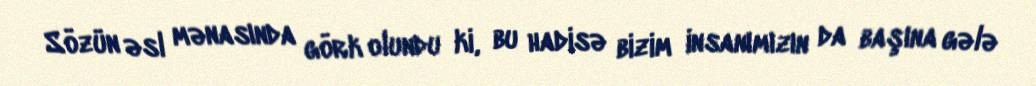
Sözün əsl mənasında görk olundu ki, bu hadisə bizim insanımızın da başına gələ